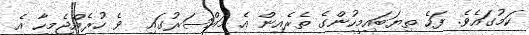
ކަމުގައެވެ. ފަހެ ތިޔަބައިމީހުންގެ ތެރެއިން އެ މައްސަރުގައި  ވެ ހުރެއްޖެމީހާ އެ